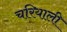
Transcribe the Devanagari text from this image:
चरियाली